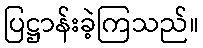
ပြဋ္ဌာန်းခဲ့ကြသည်။